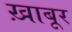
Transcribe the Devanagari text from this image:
ख़ाबूर